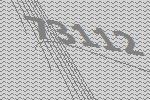
73112